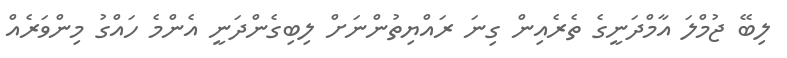
ލިބޭ ޖުމްލަ އާމްދަނީގެ ތެރެއިން ގިނަ ރައްޔިތުންނަށް ލިބިގެންދަނީ އެންމެ ހައްގު މިންވަރެއް